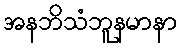
အနဘိသံဘူနမာနာ